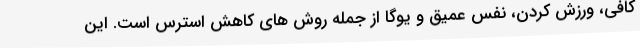
کافی، ورزش کردن، نفس عمیق و یوگا از جمله روش های کاهش استرس است. این